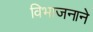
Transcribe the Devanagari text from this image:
विभाजनाने